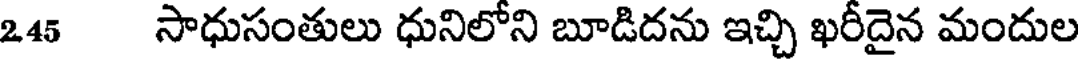
245 సాధుసంతులు ధునిలోని బూడిదను ఇచ్చి ఖరీదైన మందుల